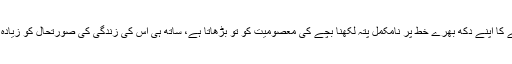
اسی کہانی میں بچے کا اپنے دکھ بھرے خط پر نامکمل پتہ لکھنا بچے کی معصومیت کو تو بڑھاتا ہے، ساتھ ہی اس کی زندگی کی صورتحال کو زیادہ گمبھیر بنا دیتا ہے۔